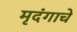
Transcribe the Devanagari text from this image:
मृदंगाचे